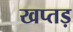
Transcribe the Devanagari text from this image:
खप्तड़